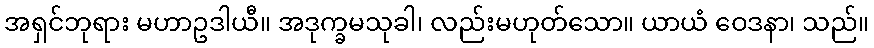
အရှင်ဘုရား မဟာဥဒါယီ။ အဒုက္ခမသုခါ၊ လည်းမဟုတ်သော။ ယာယံ ဝေဒနာ၊ သည်။